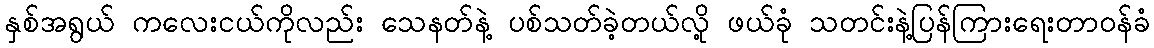
နှစ်အရွယ် ကလေးငယ်ကိုလည်း သေနတ်နဲ့ ပစ်သတ်ခဲ့တယ်လို့ ဖယ်ခုံ သတင်းနဲ့ပြန်ကြားရေးတာဝန်ခံ